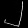
Digit: ၂